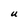
Character: U